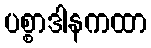
ပစ္စာဒါနကထာ